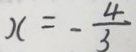
x = - \frac { 4 } { 3 }